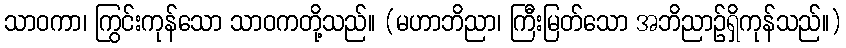
သာဝကာ၊ ကြွင်းကုန်သော သာဝကတို့သည်။ (မဟာဘိညာ၊ ကြီးမြတ်သော အဘိညာဉ်ရှိကုန်သည်။)